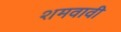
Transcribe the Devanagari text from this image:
शमवावी